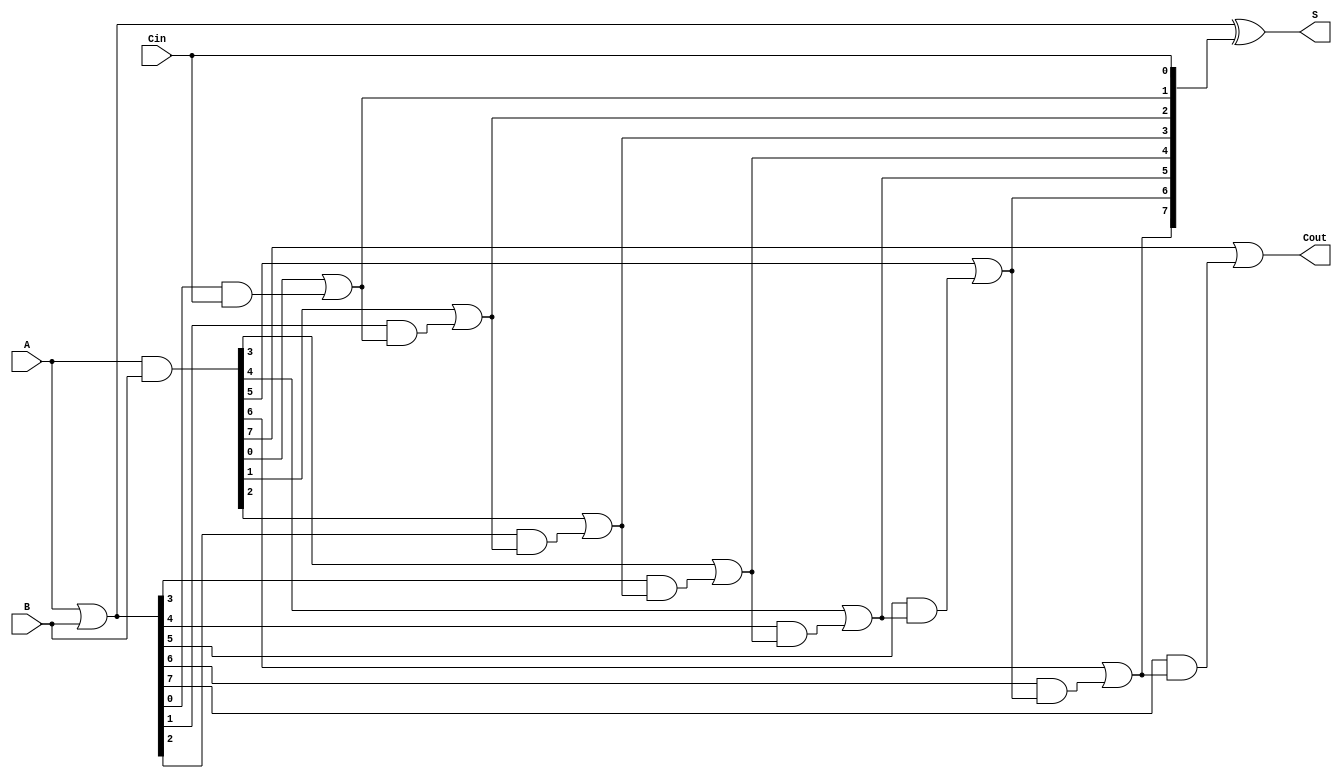
module brent_kung_adder #(parameter n = 8) (
    input [n-1:0] A,    // First n-bit input
    input [n-1:0] B,    // Second n-bit input
    input Cin,          // Carry-in
    output [n-1:0] S,   // Sum output
    output Cout         // Carry-out
);

    // Generate and Propagate signals
    wire [n-1:0] G; // Generate
    wire [n-1:0] P; // Propagate
    wire [n:0] C;   // Carry signals

    // Generate and Propagate calculations
    assign G = A & B;
    assign P = A | B;

    // Initialize carry signals
    assign C[0] = Cin;

    // Level 1 calculations
    genvar i, j;
    generate
        for (i = 0; i < n; i = i + 1) begin : level1
            assign C[i+1] = G[i] | (P[i] & C[i]);
        end
    endgenerate

    // Sum calculations
    assign S = P ^ C[n-1:0];

    // Final carry-out
    assign Cout = C[n];

endmodule